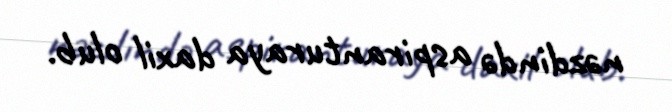
nəzdində aspiranturaya daxil olub.